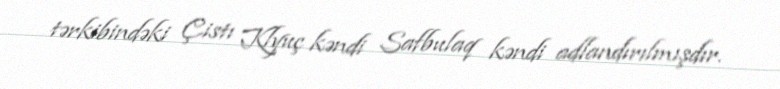
tərkibindəki Çistı Klyuç kəndi Safbulaq kəndi adlandırılmışdır.